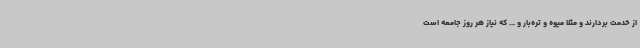
از خدمت بردارند و مثلا میوه و تره‌بار و ... که نیاز هر روز جامعه است